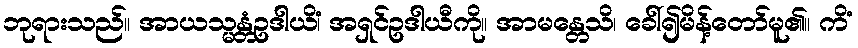
ဘုရားသည်။ အာယသ္မန္တံဥဒါယိံ၊ အရှင်ဥဒါယီကို။ အာမန္တေသိ၊ ခေါ်၍မိန့်တော်မူ၏။ ကိံ